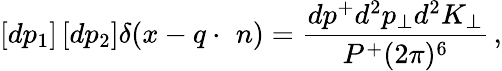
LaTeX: \left[dp_{1}\right]\left[dp_{2}\right]\delta(x-q\cdot\, \, n)=\frac{dp^{+}d^{2}p_{\bot}d^{2}K_{\bot}}{P^{+}(2\pi)^{6}}\, ,